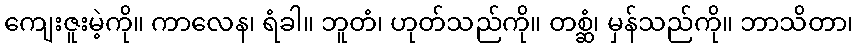
ကျေးဇူးမဲ့ကို။ ကာလေန၊ ရံခါ။ ဘူတံ၊ ဟုတ်သည်ကို။ တစ္ဆံ၊ မှန်သည်ကို။ ဘာသိတာ၊